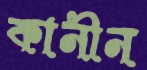
কানীন